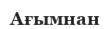
Ағымнан